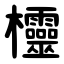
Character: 欞